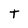
Character: t